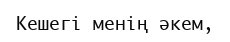
Кешегі менің әкем,